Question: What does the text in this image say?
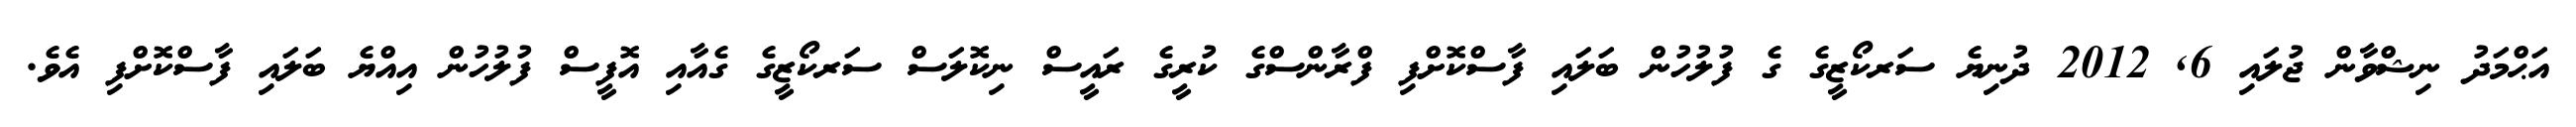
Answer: އަޙްމަދު ނިޝްވާން ޖުލައި 6, 2012 ދުނިޔެ ސަރކޯޒީގެ ގެ ފުލުހުން ބަލައި ފާސްކޮށްފި ފްރާންސްގެ ކުރީގެ ރައީސް ނިކޮލަސް ސަރކޯޒީގެ ގެއާއި އޮފީސް ފުލުހުން އިއްޔެ ބަލައި ފާސްކޮށްފި އެވެ.